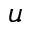
u